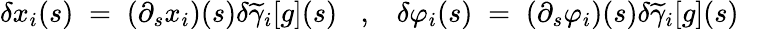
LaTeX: \delta x_{i}(s)\; =\; (\partial_{s}x_{i})(s)\delta\widetilde{\gamma}_{i}[g](s)\; \; \; ,\; \; \; \delta\varphi_{i}(s)\; =\; (\partial_{s}\varphi_{i})(s)\delta\widetilde{\gamma}_{i}[g](s)\; \; \;